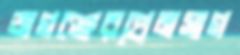
জগঞ্জেরপ্রেমসাগ